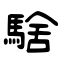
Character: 騇